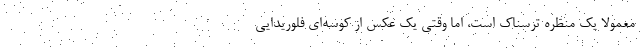
معمولاً یک منظره ترسناک است، اما وقتی یک عکس از کوسه‌ای فلوریدایی